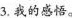
3.我的感悟。